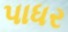
પાધર